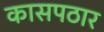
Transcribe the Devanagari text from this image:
कासपठार